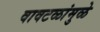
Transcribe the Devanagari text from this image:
वावटळांमुळे